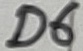
Text: D6